Lunatic asylums Madras 1877-1891 - 1877-1891
Year: 1877
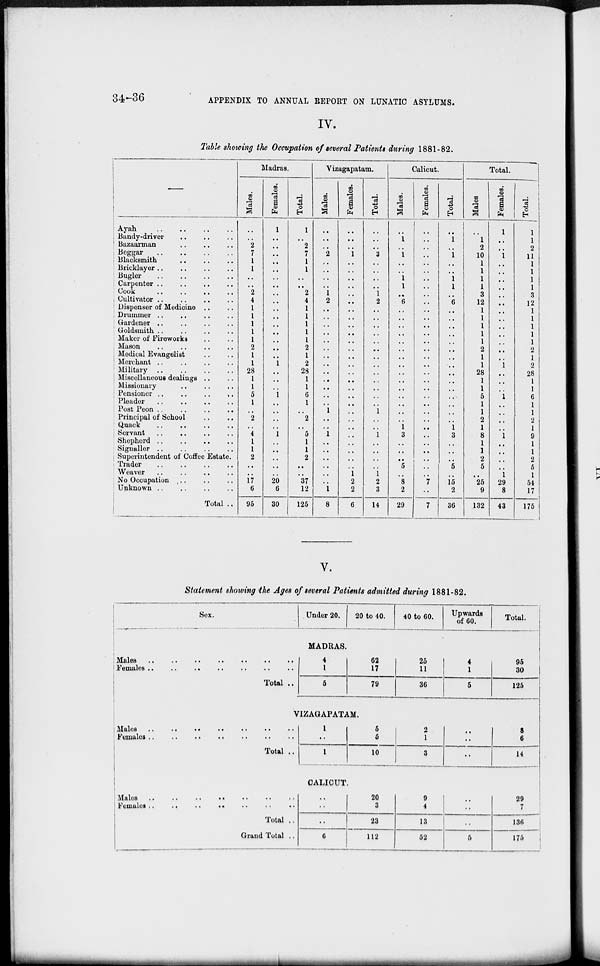
34-36
APPENDIX TO ANNUAL REPORT ON LUNATIC ASYLUMS.
IV.
Table showing the Occupation of several Patients during 1881-82.
—
Ayah .. .. .. ..
Bandy-driver .. .. ..
Bazaarman .. .. ..
Beggar
..
..
..
..
Blacksmith .. .. ..
Bricklayer .. .. .. ..
Bugler
.. .. ..
..
Carpenter .. .. .. ..
Cook .. .. .. ..
Cultivator .. .. .. ..
Dispenser of Medicine .. ..
Drummer .. .. .. ..
Gardener .. .. .. ..
Goldsmith .. .. .. ..
Maker of Fireworks .. ..
Mason .. .. .. ..
Medical Evangelist .. ..
Merchant
..
..
..
..
Military .. .. .. ..
Miscellaneous dealings .. ..
Missionary .. .. ..
Pensioner .. .. .. ..
Pleader .. .. .. ..
Post Peon ..
..
..
..
Principal of School .. ..
Quack .. .. .. ..
Servant .. .. .. ..
Shepherd .. .. .. ..
Signaller .. .. .. ..
Superintendent of Coffee Estate.
Trader .. .. .. ..
Weaver .. .. .. ..
No Occupation .. .. ..
Unknown .. .. .. ..
Total ..
Madras.
Males.
..
..
2
7
1
1
..
..
2
4
1
1
1
1
1
2
1
1
28
1
1
5
1
..
2
..
4
1
1
2
..
..
17
6
95
Females.
1
..
..
..
..
..
..
..
..
..
..
..
..
..
..
..
..
1
..
..
..
1
..
..
..
..
1
..
..
..
..
..
20
6
30
Total.
1
..
2
7
1
1
..
..
2
4
1
1
1
1
1
2
1
2
28
1
1
6
1
..
2
..
5
1
1
2
..
..
37
12
125
Vizagapatam.
Males.
..
..
..
2
..
..
..
..
1
2
..
..
..
..
..
..
..
..
..
..
..
..
..
1
..
..
1
..
..
..
..
..
..
1
8
Females.
..
..
..
1
..
..
..
..
..
..
..
..
..
..
..
..
..
..
..
..
..
..
..
..
..
..
..
..
..
..
..
1
2
2
6
Total.
..
..
..
3
..
..
..
..
1
2
..
..
..
..
..
..
..
..
..
..
..
. .
..
1
..
..
1
..
..
..
..
1
2
3
14
Calicut.
Males.
..
1
..
1
..
..
1
1
..
6
..
..
..
..
..
..
..
..
..
..
..
..
..
..
..
1
3
..
..
..
5
..
8
2
29
Females.
..
..
..
..
..
..
..
..
..
..
..
..
..
..
..
..
..
..
..
..
..
..
..
..
..
..
..
..
..
..
..
..
7
..
7
Total.
..
1
..
1
..
..
1
1
..
6
..
..
..
..
..
..
..
..
..
..
..
..
..
..
..
1
3
..
..
..
5
..
15
2
36
Total.
Males
..
1
2
10
1
1
1
1
3
12
1
1
1
1
1
2
1
1
28
1
1
5
1
1
2
1
8
1
1
2
5
..
25
9
132
Females.
1
..
..
1
..
..
..
..
..
..
..
..
..
..
..
..
..
1
..
..
..
1
..
..
..
..
1
..
..
..
..
1
29
8
43
Total.
1
1
2
11
1
1
1
1
3
12
1
1
1
1
1
2
1
2
28
1
1
6
1
1
2
1
9
1
1
2
5
1
54
17
175
V.
Statement showing the Ages of several Patients admitted during 1881-82.
Sex.
Under 20.
20 to 40.
40 to 60.
Upwards
of 60.
Total.
MADRAS.
Males
..
.. .. .. .. .. .. ..
Females
..
..
..
..
..
..
..
Total ..
4
1
5
62
17
79
25
11
36
4
1
5
95
30
125
VIZAGAPATAM.
Males .. .. .. .. .. ..
Females .. .. .. .. .. .. ..
Total ..
1
..
1
5
5
10
2
1
3
..
..
..
8
6
14
CALICUT.
Males
..
..
..
..
..
..
..
Females
..
..
..
..
..
..
..
Total ..
Grand Total ..
..
..
..
6
20
3
23
112
9
4
13
52
..
..
..
5
29
7
136
175